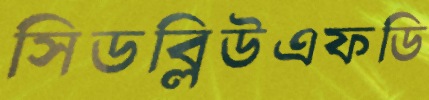
সিডব্লিউএফডি